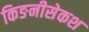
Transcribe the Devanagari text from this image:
किङनीसेकश